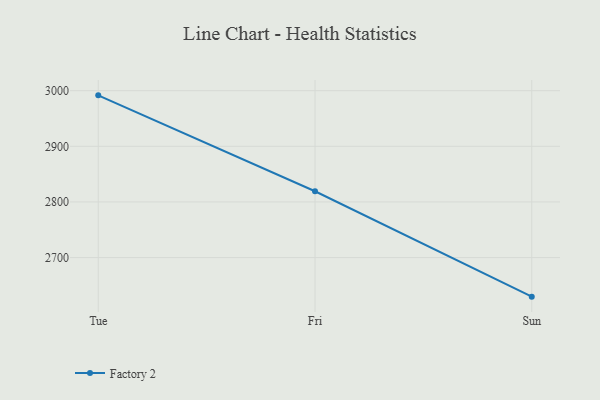
{"axis": {"x": "Day", "y": "Temperature (°C)"}, "legend": ["Factory 2"], "data": [{"x": "Tue", "y": 2991.6, "type": "Factory 2"}, {"x": "Fri", "y": 2819.2, "type": "Factory 2"}, {"x": "Sun", "y": 2629.8, "type": "Factory 2"}]}